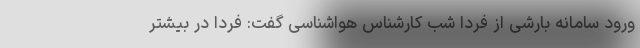
ورود سامانه بارشی از فردا شب کارشناس هواشناسی گفت: فردا در بیشتر